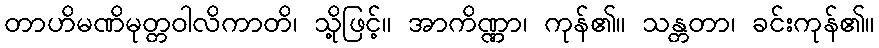
တာဟိမဏိမုတ္တဝါလိကာတိ၊ သို့ဖြင့်။ အာကိဏ္ဏာ၊ ကုန်၏။ သန္တတာ၊ ခင်းကုန်၏။